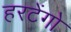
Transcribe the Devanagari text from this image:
हरटेंगो